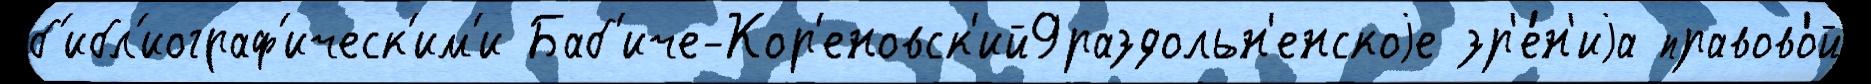
б'ибл'иограф'ическ'им'и Баб'иче-Кор'еновск'ий9раздольн'енскоjе зр'е́н'иjа правово́й